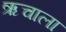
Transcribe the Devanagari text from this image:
ऋचाला